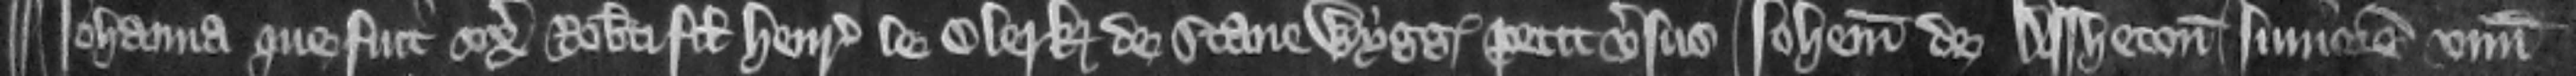
¶ Iohanna que fuit vxor Roberti filii Henrici le Clerk de Stane Wygg petit versus Iohannem de Assheton iuniorem vnum